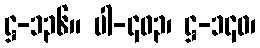
ဋ္ဌ-၁၃၆။ ပါ-၄၀၃၊ ဋ္ဌ-၁၄၀၊